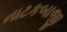
નાટકબાજી